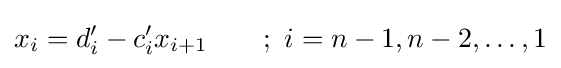
x_{i}=d'_{i}-c'_{i}x_{i+1}\qquad ;\ i=n-1,n-2,\ldots ,1